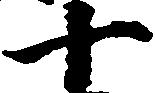
十